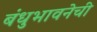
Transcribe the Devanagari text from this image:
बंधुभावनेची